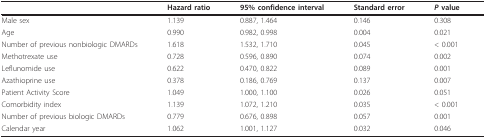
|  | Hazard ratio | 95% confidence interval | Standard error | P value |
 | --- | --- | --- | --- | --- |
 | Male sex | 1.139 | 0.887, 1.464 | 0.146 | 0.308 |
 | Age | 0.990 | 0.982, 0.998 | 0.004 | 0.021 |
 | Number of previous nonbiologic DMARDs | 1.618 | 1.532, 1.710 | 0.045 | < 0.001 |
 | Methotrexate use | 0.728 | 0.596, 0.890 | 0.074 | 0.002 |
 | Leflunomide use | 0.622 | 0.470, 0.822 | 0.089 | 0.001 |
 | Azathioprine use | 0.378 | 0.186, 0.769 | 0.137 | 0.007 |
 | Patient Activity Score | 1.049 | 1.000, 1.100 | 0.026 | 0.051 |
 | Comorbidity index | 1.139 | 1.072, 1.210 | 0.035 | < 0.001 |
 | Number of previous biologic DMARDs | 0.779 | 0.676, 0.898 | 0.057 | 0.001 |
 | Calendar year | 1.062 | 1.001, 1.127 | 0.032 | 0.046 |